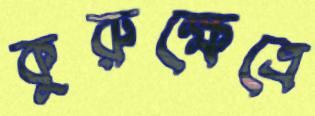
কুরুক্ষেত্রে